Annual report on the lock hospitals of the Madras Presidency
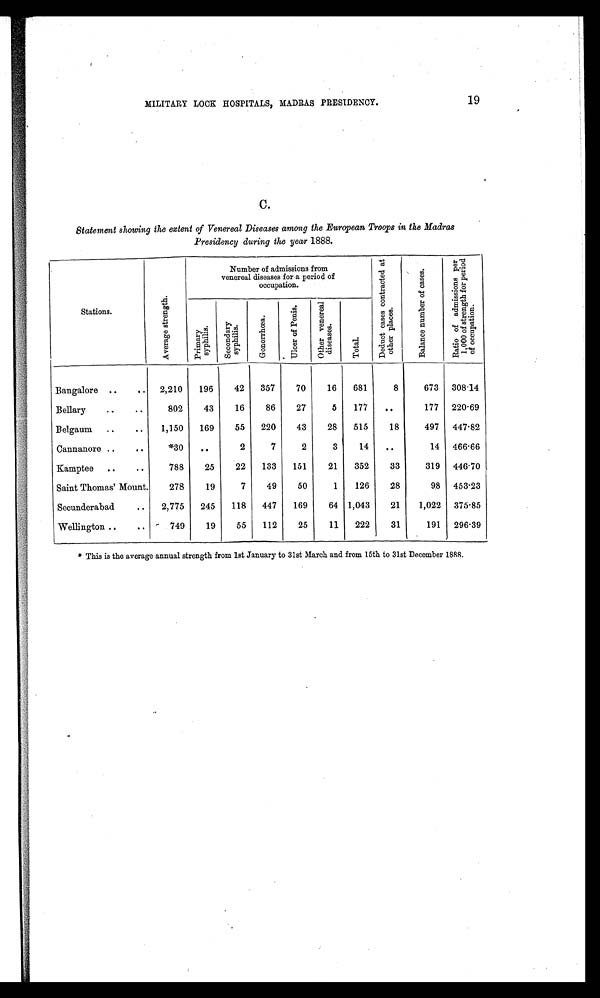
MILITARY LOCK HOSPITALS, MADRAS PRESIDENCY.
19
C.
Statement showing the extent of Venereal Diseases among the European Troops in the Madras
Presidency during the year 1888.
Stations.
A v e r a g e s t r e n g t h .
Number of admissions from
venereal diseases for a period of
occupation.
D e d u c t c a s e s c o n t r a c t e d a t
o t h e r p l a c e s .
B a l a n c e n u m b e r o f c a s e s .
R a t i o o f a d m i s s i o n s p e r
1 , 0 0 0 o f s t r e n g t h f o r p e r i o d
o f o c c u p a t i o n .
P r i m a r y
s y p h i l i s .
S e c o n d a r y
s y p h i l i s .
G o n o r r h œ a .
U l c e r o f P e n i s .
O t h e r v e n e r e a l
d i s e a s e s .
T o t a l .
Bangalore
..
..
2,210
196
42
357
70
16
681
8
673
308.14
Bellary
..
..
802
43
16
86
27
5
177
..
177
220.69
Belgaum
..
..
1,150
169
55
220
43
28
515
18
497
447.82
Cannanore ..
..
*30
..
2
7
2
3
14
. .
14
466.66
Kamptee
..
788
25
22
133
151
21
352
33
319
446.70
Saint Thomas' Mount.
278
19
7
49
50
1
126
28
98
453.23
Secunderabad
..
2,775
245
118
447
169
64 1,043
21
1,022
375.85
Wellington ..
749
19
55
112
25
11
222
31
191
296.39
* This is the average annual strength from lst January to 31st March and from 15th to 31st December 1888.